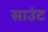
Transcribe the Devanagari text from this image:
साउंट